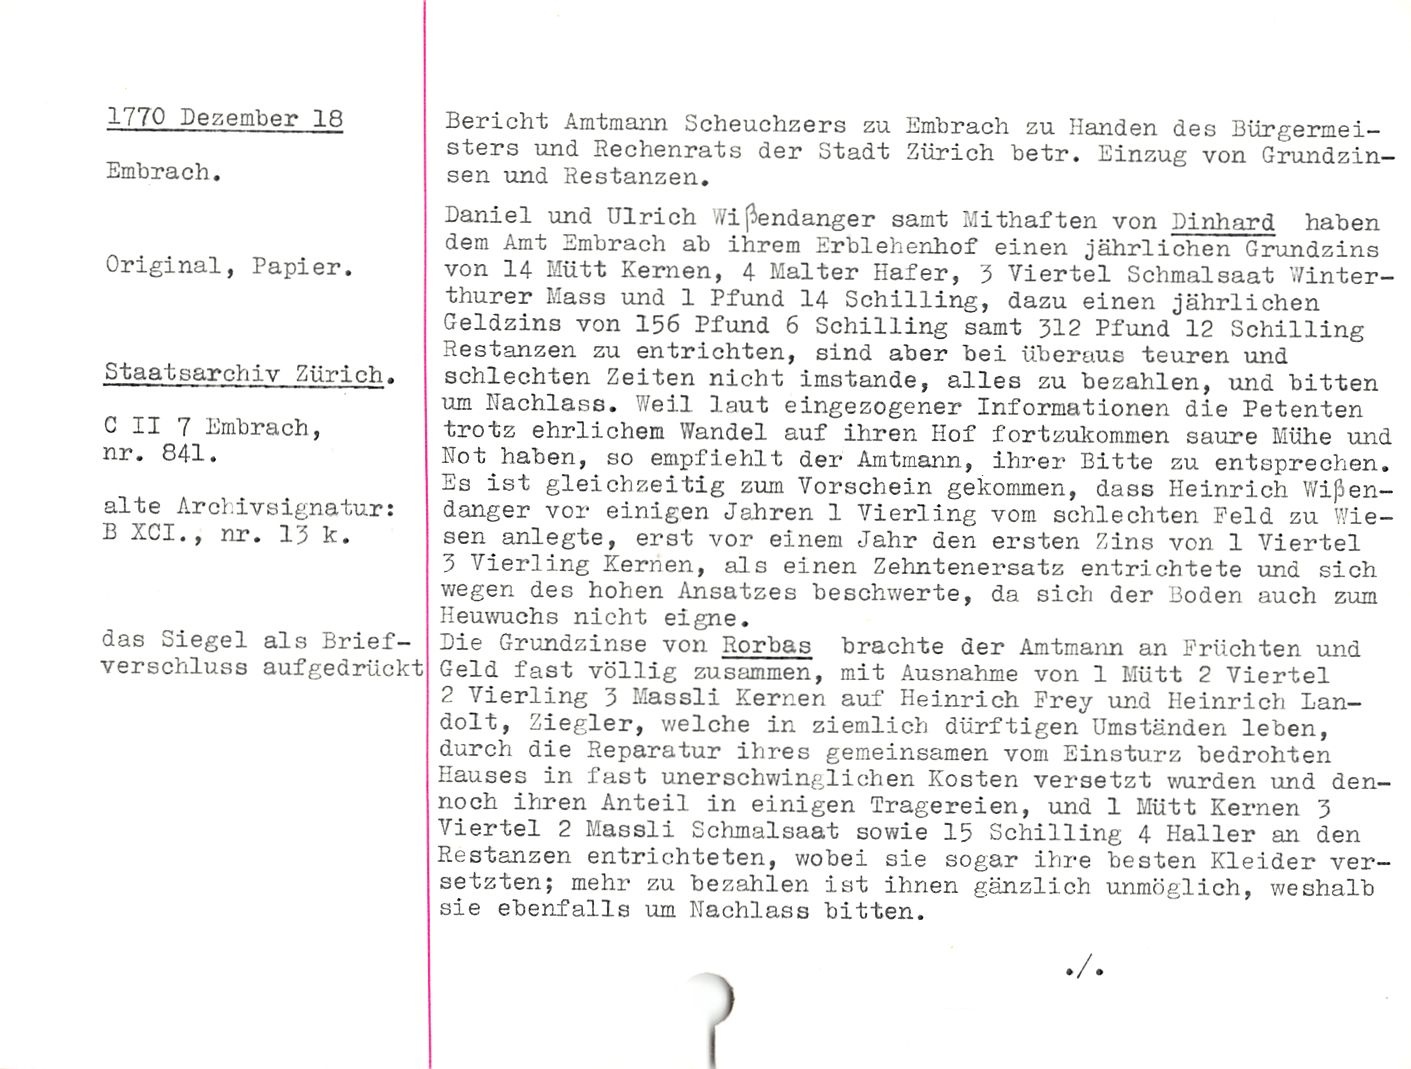
1770 Dezember 18

Embrach.

Original, Papier.

Staatsarchiv Zürich.

C II 7 Embrach,
nr. 841.

alte Archivsignatur:

B XCI., nr. 15 k.

das Siegel als Brief¬
verschluss aufgedrückt

Bericht Amtmann Scheuchzers zu Embrach zu Händen des Bürgermei¬
sters und Rechenrats der Stadt Zürich betr. Einzug von Grundzin¬
sen und Restanzen.

Daniel und Ulrich ,'/i Sendung er samt Mithaften von Dinhard haben
dem Amt Embrach ab ihrem Erblehenhof einen jährlichen Grundzins
von 14 Mütt Kernen, 4 Malter Hafer, 5 Viertel Schmalsaat Winter-
thurer Mass und 1 Pfund 14 Schilling, dazu einen jährlichen
Geldzins von 156 Pfund 6 Schilling samt 312 Pfund 12 Schilling
Restanzen zu entrichten, sind aber bei überaus teuren und
schlechten Zeiten nicht imstande, alles zu bezahlen, und bitten
um Nachlass. Weil laut eingezogener Informationen die Petenten
trotz ehrlichem Wandel auf ihren Hof fortzukommen saure Mühe und
Not haben, so empfiehlt der Amtmann., ihrer Bitte zu entsprechen.
Es ist gleichzeitig zum Vorschein gekommen, dass Heinrich V/is^en-
danger vor einigen Jahren 1 Vierling vom schlechten Feld zu Wie¬
sen anlegte, erst vor einem Jahr den ersten Zins von 1 Viertel
3 Vierling Kernen, als einen Zehntenersatz entrichtete und sich
v/egen des hohen Ansatzes beschwerte, da sich der Boden auch zum
Hemvuchs nicht eigne.

Die Grundzinse von Rorbas brachte der Amtmann an Früchten und
Geld fast völlig zusammen, mit Ausnahme von 1 Mütt 2 Viertel
2 Vierling 3 Massli Kernen auf Heinrich Frey und Heinrich Lan¬
dolt, Ziegler, v/elche in ziemlich dürftigen Umständen leben,
durch die Reparatur ihres gemeinsamen vom Einsturz bedrohten
Hauses in fast unerschwinglichen Kosten versetzt v/urden und den¬
noch ihren Anteil in einigen Tragereien, und 1 Mütt Kernen 3
Viertel 2 Massli Schmalsaat sowie 15 Schilling 4 Haller an den
Restanzen entrichteten, wobei sie sogar ihre besten Kleider ver¬
setzten; mehr zu bezahlen ist ihnen gänzlich unmöglich, weshalb
sie ebenfalls um Nachlass bitten.